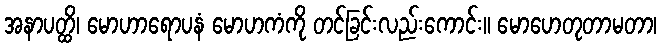
အနာပတ္ထိ၊ မောဟာရောပနံ မောဟကံကို တင်ခြင်းလည်းကောင်း။ မောဟေတုတာမတာ၊